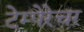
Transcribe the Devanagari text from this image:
टेम्पेरेचर